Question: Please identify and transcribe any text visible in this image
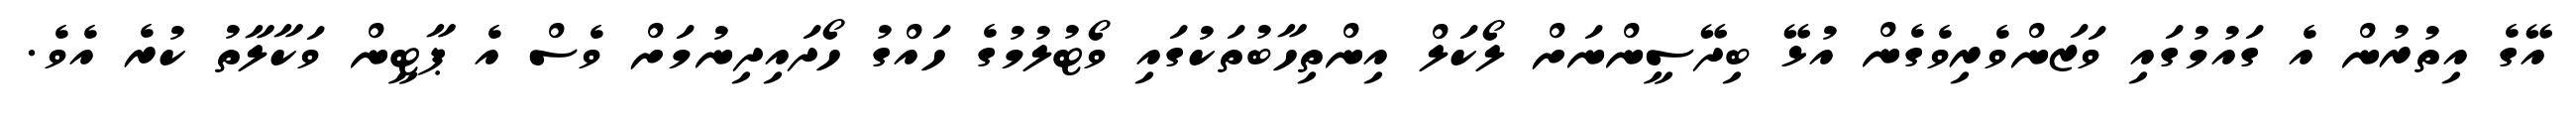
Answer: އޭގެ އިތުރުން އެ ގައުމުގައި ވަޒަންވެރިވެގެން އުޅޭ ބިދޭސީންނަށް ލޯކަލް އިންތިހާބުތަކުގައި ވޯޓުލުމުގެ ހައްގު ހޯދައިދިނުމަށް ވެސް އެ ޕާޓީން ވަކާލާތު ކުރެ އެވެ.